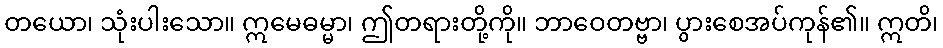
တယော၊ သုံးပါးသော။ ဣမေဓမ္မာ၊ ဤတရားတို့ကို။ ဘာဝေတဗ္ဗာ၊ ပွားစေအပ်ကုန်၏။ ဣတိ၊